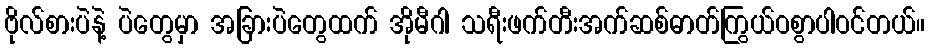
ဗိုလ်စားပဲနဲ့ ပဲတွေမှာ အခြားပဲတွေထက် အိုမီဂါ သရီးဖက်တီးအက်ဆစ်ဓာတ်ကြွယ်ဝစွာပါဝင်တယ်။